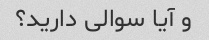
و آیا سوالی دارید؟